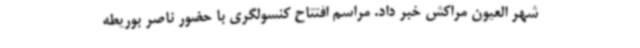
شهر العیون مراکش خبر داد. مراسم افتتاح کنسولگری با حضور ناصر بوریطه